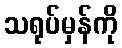
သရုပ်မှန်ကို